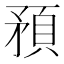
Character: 𥎀